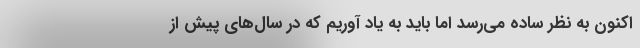
اکنون به نظر ساده می‌رسد اما باید به یاد آوریم که در سال‌های پیش از